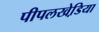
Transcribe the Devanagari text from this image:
पीपलखेडि़या